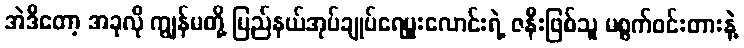
အဲဒီတော့ အခုလို ကျွန်မတို့ ပြည်နယ်အုပ်ချုပ်ရေမှူးလောင်းရဲ့ ဇနီးဖြစ်သူ မစ္စက်ဝင်းတားနဲ့